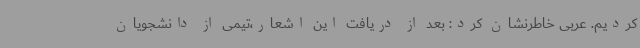
کردیم. عربی خاطرنشان کرد: بعد از دریافت این اشعار،تیمی از دانشجویان